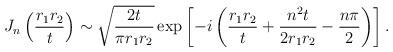
LaTeX: \begin{align*}J_n \left( \frac{r_1 r_2}{t} \right)\sim\sqrt{ \frac{2 t}{\pi r_1 r_2} }\exp\left[- i \left(\frac{r_1 r_2}{t} + \frac{n^2 t}{2 r_1 r_2} - \frac{n \pi}{2}\right)\right].\end{align*}